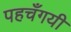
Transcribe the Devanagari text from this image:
पहचँगयी